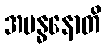
အဗန္ဓနောတိ